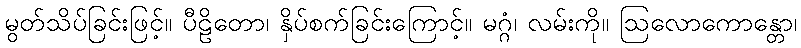
မွတ်သိပ်ခြင်းဖြင့်။ ပီဠိတော၊ နှိပ်စက်ခြင်းကြောင့်။ မဂ္ဂံ၊ လမ်းကို။ ဩလောကောန္တော၊